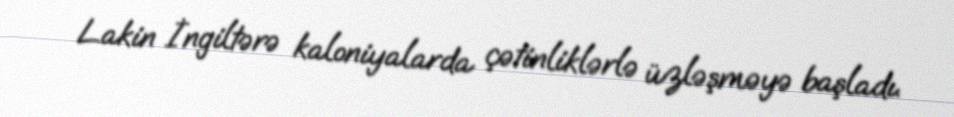
Lakin İngiltərə kaloniyalarda çətinliklərlə üzləşməyə başladı.